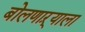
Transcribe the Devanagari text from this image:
बोलणाऱ्याला